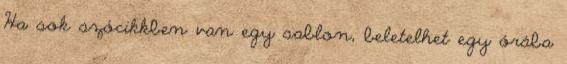
Ha sok szócikkben van egy sablon, beletelhet egy órába